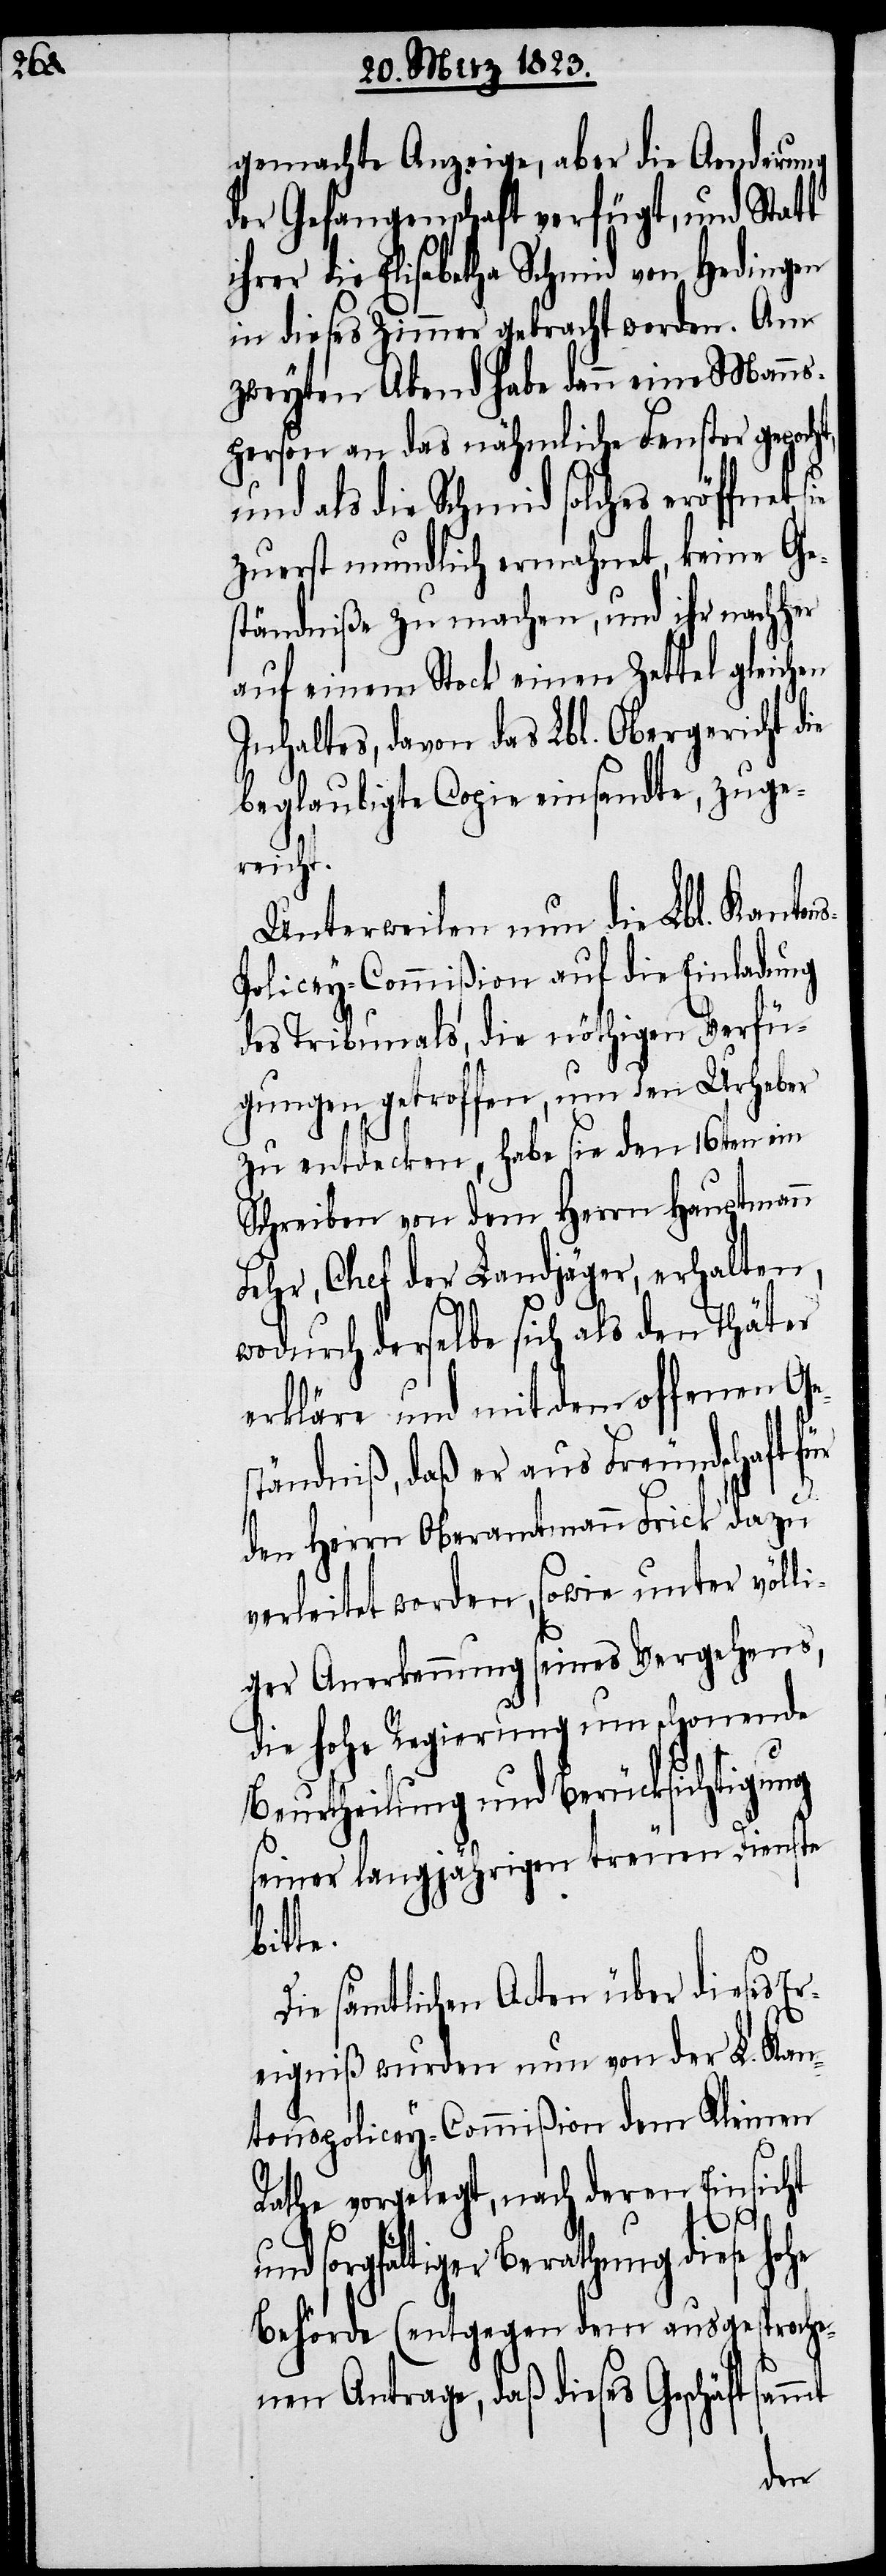
s-P¬

gemachte Anzeige, aber die Aenderung
der Gefangenschaft verfügt, und Statt
ihrer die Elisabetha Schmid von Hedingen
in dieses Zimmer gebracht worden. Am
zweyten Abend habe dann eine Manns¬
person an das nähmliche Fenster gepocht,
und als die Schmid solches eröffnet,
zuerst mundlich ermahnet, keine Ge¬
ständniße zu machen, und ihr nachher
auf einem Stock einen Zettel gleichen
Inhaltes, davon das Lbl. Obergericht die
beglaubigte Copie einsandte, zuge¬
reicht.
Unterweilen nun die Lbl. Kanton¬
olicey-Commißion auf die Einladung
des Tribunals, die nöthigen Verfü¬
gungen getroffen, um den Urheber
zu entdecken, habe sie den 16ten ein
Schreiben von dem Herrn Hauptmann
Fehr, Chef der Landjäger, erhalten,
mt
wodurch derselbe sich als den Thäter
erkläre und mit dem offenen Ge¬
ständniß, daß er aus Freundschaft für
den Herrn Oberamtmann Frick dazu
verleitet worden, sowie unter völl¬
iger Anerkennung seines Vergehens,
die hohe Regierung um schonende
Beurtheilung und Berücksichtigung
seiner langjährigen treuen Dienste
bitte.
Die sämtlichen Acten über dieses Er¬
eigniß wurden nun von der L. Kan¬
tonspolicey-Commißion dem Kleinen
Rathe vorgelegt, nach deren Einsicht
und sorgfältiger Berathung diese hohe
Behörde (entgegen dem ausgesproche¬
nen Antrage, daß dieses Geschäft sam¬